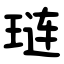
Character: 琏